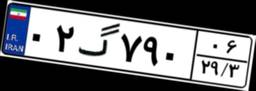
۰۲گ۷۹۰۰۶